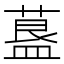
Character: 𦹧